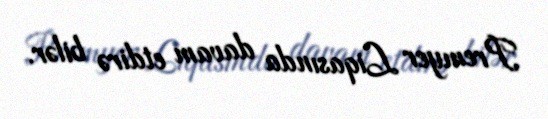
Premyer Liqasında davam etdirə bilər.